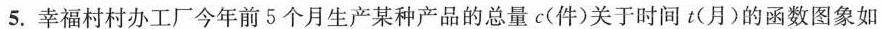
5.幸福村村办工厂今年前5个月生产某种产品的总量c(件)关于时间t(月)的函数图象如